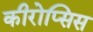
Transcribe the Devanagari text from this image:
कीरोप्सिस